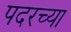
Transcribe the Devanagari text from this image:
पदरच्या